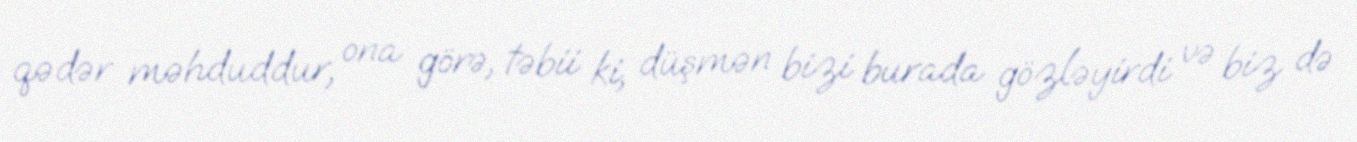
qədər məhduddur, ona görə, təbii ki, düşmən bizi burada gözləyirdi və biz də